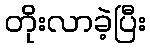
တိုးလာခဲ့ပြီး